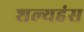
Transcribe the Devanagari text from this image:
शल्यहंस